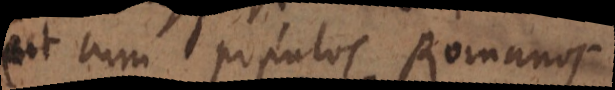
ut cum populus Romanus